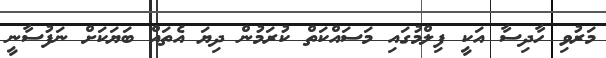
މަރުވި ހާދިސާ އަކީ ފިލްމުގައި މަސައްކަތް ކުރަމުން ދިޔަ އެތައް ބަޔަކަށް ނަފުސާނީ